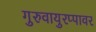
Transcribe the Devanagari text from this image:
गुरुवायुरप्पावर